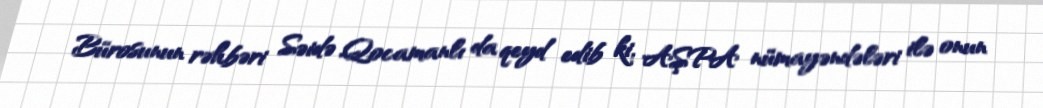
Bürosunun rəhbəri Səidə Qocamanlı da qeyd edib ki, AŞPA nümayəndələri ilə onun